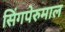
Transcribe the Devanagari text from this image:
सिंगपेरुमाल